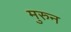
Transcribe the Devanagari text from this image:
मुरुन